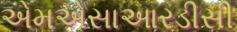
એમએસાઆરડીસી